Civil Veterinary Dept. Bombay admin report 1900-1906 - 1900-1906
Year: 1900
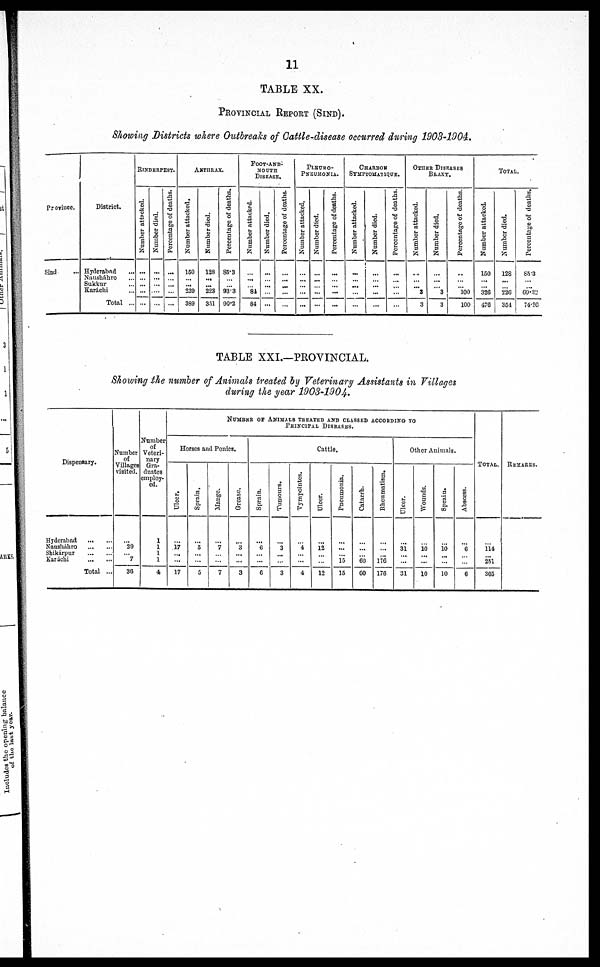
11
TABLE XX.
PROVINCIAL REPORT (SIND).
Showing Districts where Outbreaks of Cattle-disease occurred during 1903-1004.
Province.
Sind ...
District.
Hyderabad ...
Nausháhro ...
Sukkur ...
Karáchi ...
Total ...
RlNDERPEST.
Number attacked.
...
... ...
...
...
Number died.
...
... ...
...
...
Percentage of deaths.
...
... ...
...
...
ANTHRAX.
Number attacked.
150
... ... 230
389
Number died.
128
... ...
223
351
Percentage of deaths.
85.3
... ... 933
90.2
FOOT-AND-
MOUTH
DISEASE.
Number attacked.
...
... ... 84
84
Number died.
...
... ...
...
...
Percentage of deaths.
...
....
...
...
...
PLEURO-
PNEUMONIA.
Number attacked.
...
... ...
...
...
Number died.
...
... ...
...
...
Percentage of deaths.
...
... ...
...
...
CHARBON
SYMPTOMATIQUE .
Number attacked.
...
... ...
...
...
Number died.
...
... ...
...
...
Percentage of deaths.
...
... ...
...
...
OTHER
DISEASES
BRAXY.
Number attacked.
...
... ... 3
3
Number died.
...
... ... 3
3
Percentage of deaths.
...
... ... 100
100
TOTAL.
Number attacked.
150
... ... 326
476
Number died.
12S
... ... 226
351
Percentage of deaths.
85.3
...
... 69.32
74.36
TABLE XXI.—PROVINCIAL.
Showing the number of Animals treated by Veterinary Assistants in Villages
during the year 1903-1904..
Dispensary.
Hyderabad
...
...
Nausháhro
...
...
Shikárpur
...
...
Karachi
...
...
Total ...
Number
of
Villages
visited.
...
29
... 7
36
Number
of
Veteri-
nary
Gra-
duates
employ-
ed.
1
1
1
1
4
NUMBER
OF
ANIMALS TREATED AND CLASSED ACCORDING TO
PRINCIPAL DISEASES.
Horses and Ponies.
Ulcer.
...
17
...
...
17
Sprain.
...
5
...
...
5
Mange.
...
7
...
...
7
Grease.
...
3
...
...
3
Cattle.
Sprain.
...
6
...
...
6
Tumours.
...
3
...
...
3
Tympointes.
...
4
...
...
4
Ulcer.
...
12
...
...
12
Pneumonia.
...
...
...
15
15
Catarrh.
...
...
... 60
60
Rheumatism.
...
...
... 176
176
Other Animals.
Ulcer.
...
31
...
...
31
Wounds.
...
10
...
...
10
Sprain.
...
10
...
...
10
Abscess.
...
6
...
...
6
TOTAL.
...
114
... 251
365
REMARKS.